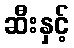
ဆီးနှင့်